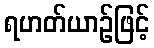
ရဟတ်ယာဉ်ဖြင့်